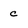
Character: c